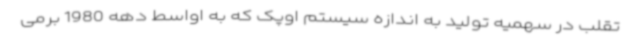
تقلب در سهمیه تولید به اندازه سیستم اوپک که به اواسط دهه 1980 برمی